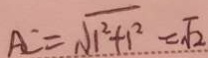
A C = \sqrt { 1 ^ { 2 } + 1 ^ { 2 } } = \sqrt { 2 }